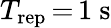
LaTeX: T_{\mathrm{rep}}\, {=}\, 1~\mathrm{s}